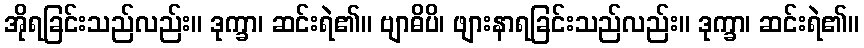
အိုရခြင်းသည်လည်း။ ဒုက္ခာ၊ ဆင်းရဲ၏။ ဗျာဓိပိ၊ ဖျားနာရခြင်းသည်လည်း။ ဒုက္ခာ၊ ဆင်းရဲ၏။